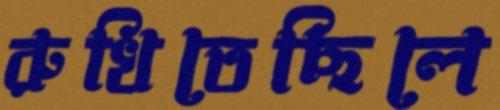
রুখিতেছিলে